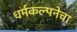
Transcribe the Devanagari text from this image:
धर्मकल्पनेचा